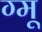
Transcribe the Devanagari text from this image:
ग्‍मू